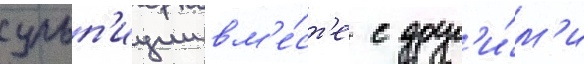
сульп'иции вм'е́ст'е с друг'и́м'и